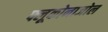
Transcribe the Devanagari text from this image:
फ्लूकोनाजोल